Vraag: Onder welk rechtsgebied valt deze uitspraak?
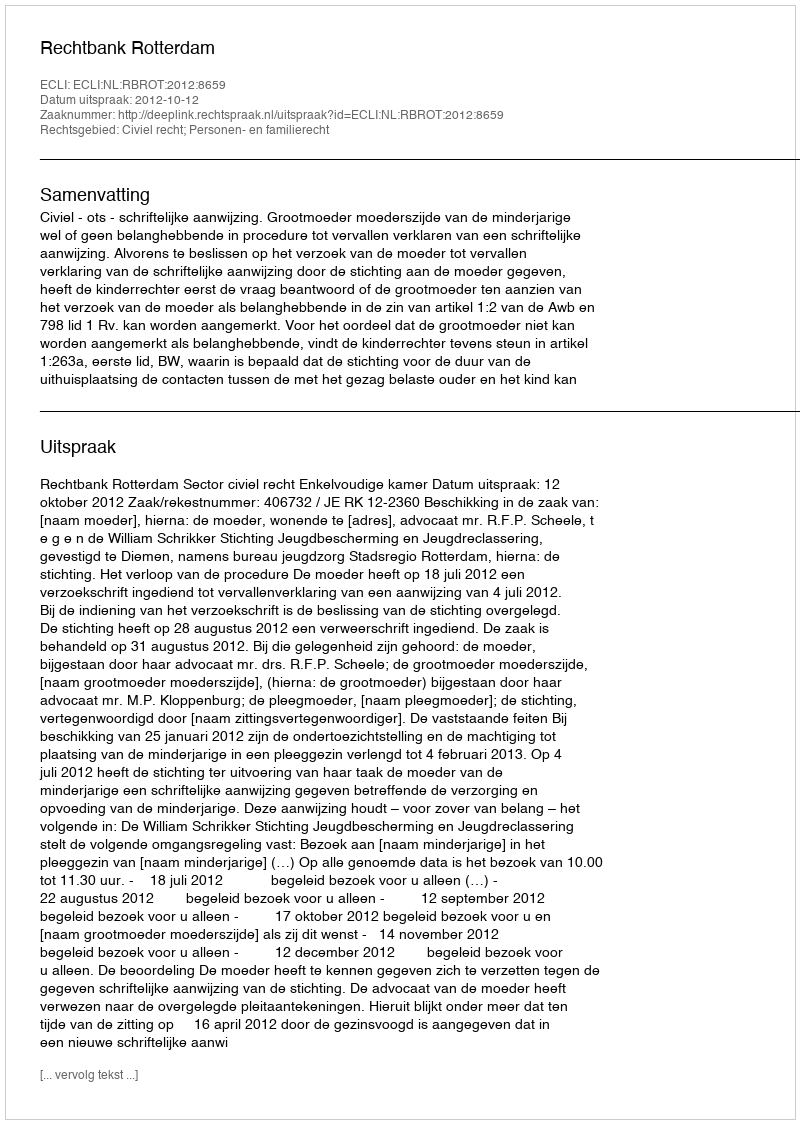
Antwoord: Civiel recht; Personen- en familierecht